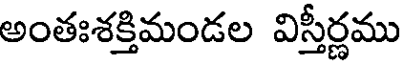
అంతఃశక్తిమండల విస్తీర్ణము